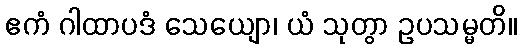
ဧကံ ဂါထာပဒံ သေယျော၊ ယံ သုတွာ ဥပသမ္မတိ။